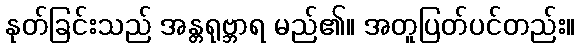
နုတ်ခြင်းသည် အန္တရုဗ္ဘာရ မည်၏။ အတူပြတ်ပင်တည်း။